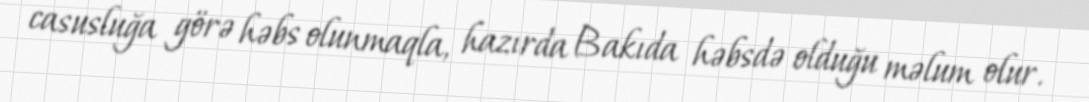
casusluğa görə həbs olunmaqla, hazırda Bakıda həbsdə olduğu məlum olur.